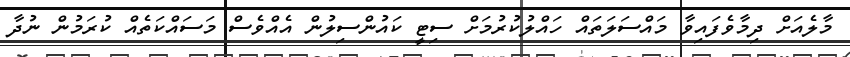
މާލެއަށް ދިމާވެފައިވާ މައްސަލަތައް ހައްލުކުރުމަށް ސިޓީ ކައުންސިލުން އެއްވެސް މަސައްކަތެއް ކުރަމުން ނުދާ